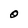
Character: O